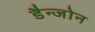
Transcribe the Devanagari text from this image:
डैन्जोन